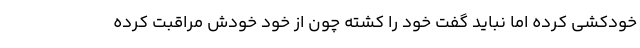
خودکشی کرده اما نباید گفت خود را کشته چون از خودِ خودش مراقبت کرده